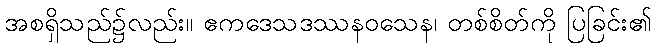
အစရှိသည်၌လည်း။ ဧကဒေသဒဿနဝသေန၊ တစ်စိတ်ကို ပြခြင်း၏